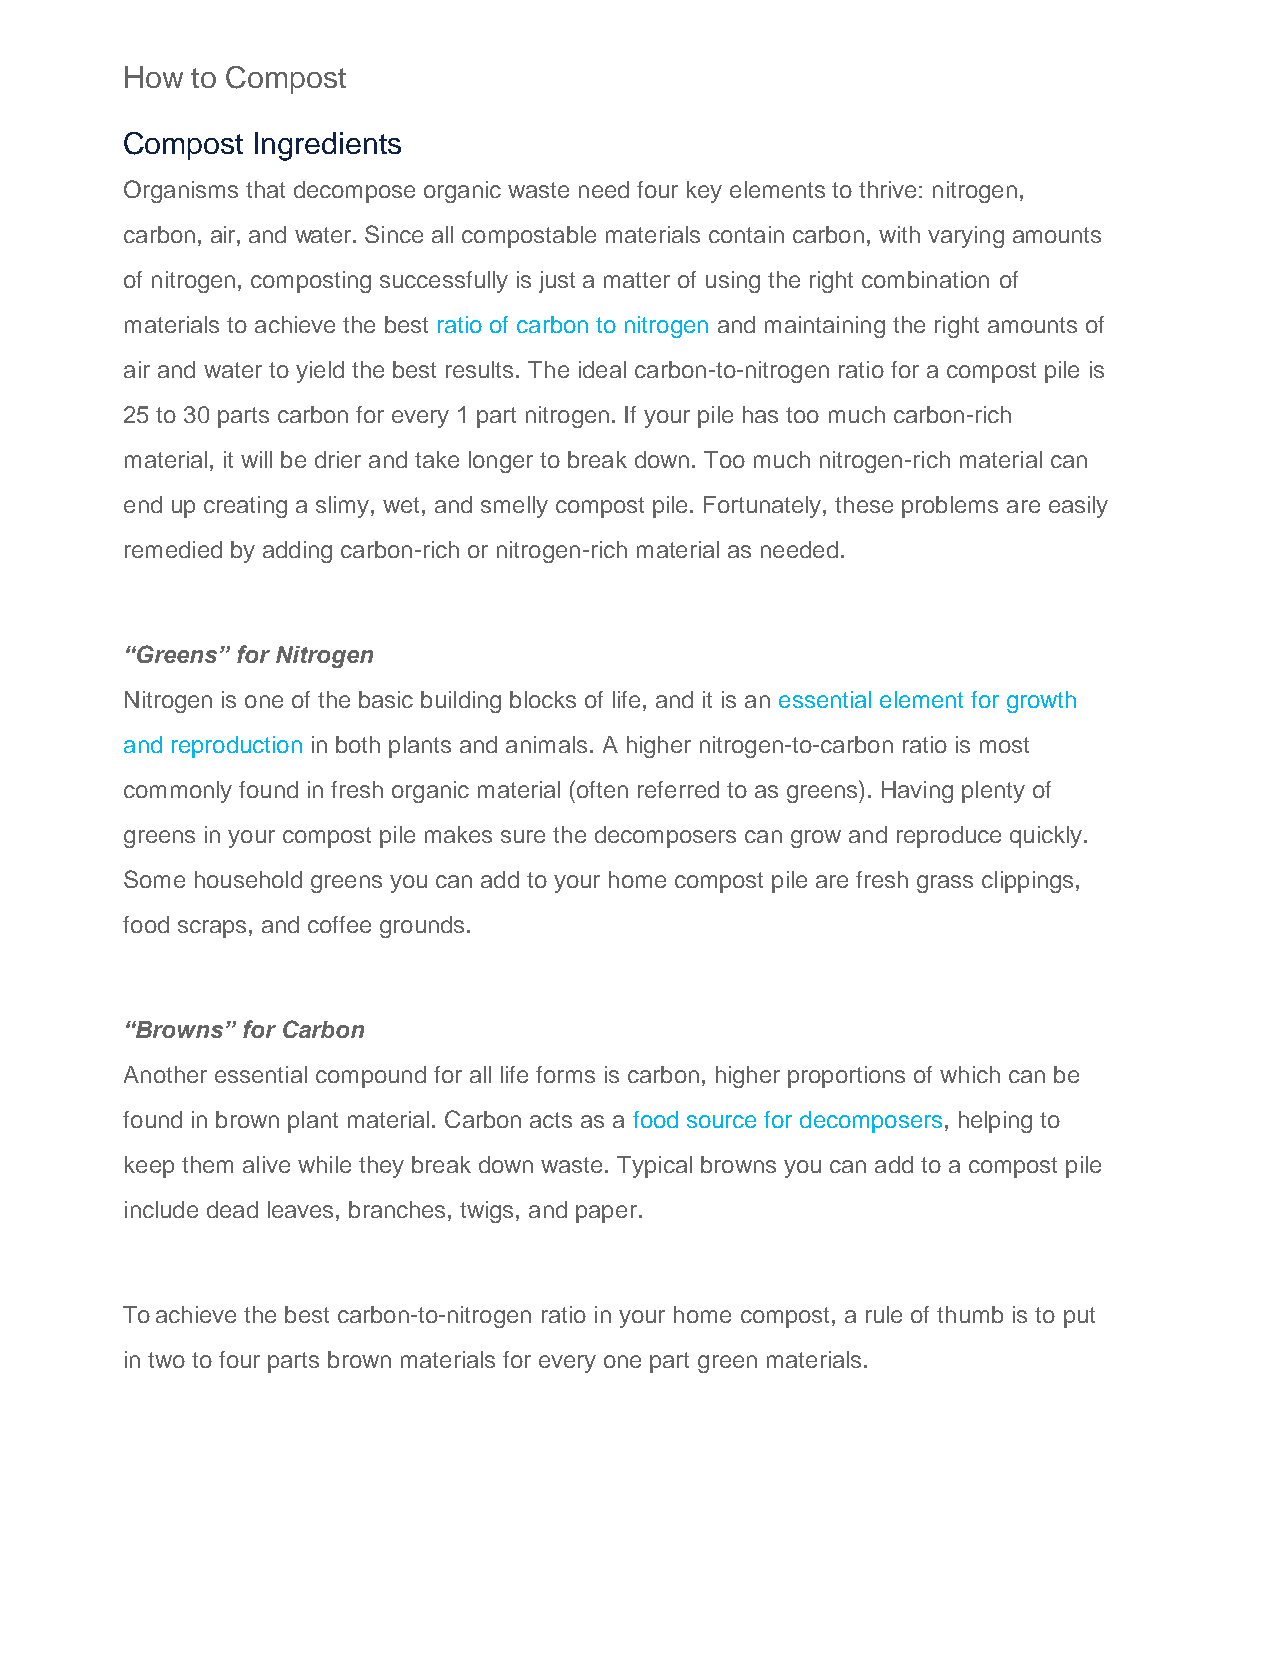
How  to Compost
 Compost  Ingredients
 Organisms that decompose organic waste need four key elements to thrive: nitrogen,
 carbon, air, and water. Since all compostable materials contain carbon, with varying amounts
 of nitrogen, composting successfully is just a matter of using the right combination of
 materials to achieve the best ratio of carbon to nitrogen and maintaining the right amounts of
 air and water to yield the best results. The ideal carbon-to-nitrogen ratio for a compost pile is
 25 to 30 parts carbon for every 1 part nitrogen. If your pile has too much carbon-rich
 material, it will be drier and take longer to break down. Too much nitrogen-rich material can
 end up creating a slimy, wet, and smelly compost pile. Fortunately, these problems are easily
 remedied by adding carbon-rich or nitrogen-rich material as needed.
 “Greens” for Nitrogen
 Nitrogen is one of the basic building blocks of life, and it is an essential element for growth
 and reproduction in both plants and animals. A higher nitrogen-to-carbon ratio is most
 commonly found in fresh organic material (often referred to as greens). Having plenty of
 greens in your compost pile makes sure the decomposers can grow and reproduce quickly.
 Some household greens you can add to your home compost pile are fresh grass clippings,
 food scraps, and coffee grounds.
 “Browns” for Carbon
 Another essential compound for all life forms is carbon, higher proportions of which can be
 found in brown plant material. Carbon acts as a food source for decomposers, helping to
 keep them alive while they break down waste. Typical browns you can add to a compost pile
 include dead leaves, branches, twigs, and paper.
 To achieve the best carbon-to-nitrogen ratio in your home compost, a rule of thumb is to put
 in two to four parts brown materials for every one part green materials.